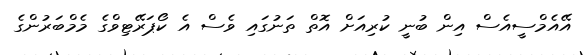
އޭއެމްސީއެސް އިން ބުނީ ކުރިއަށް އޮތް ތަނުގައި ވެސް އެ ކޯޕަރޭޓިވްގެ މެމްބަރުންގެ